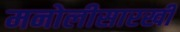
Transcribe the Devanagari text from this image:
मनोलीसारखी